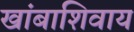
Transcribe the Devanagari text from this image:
खांबाशिवाय